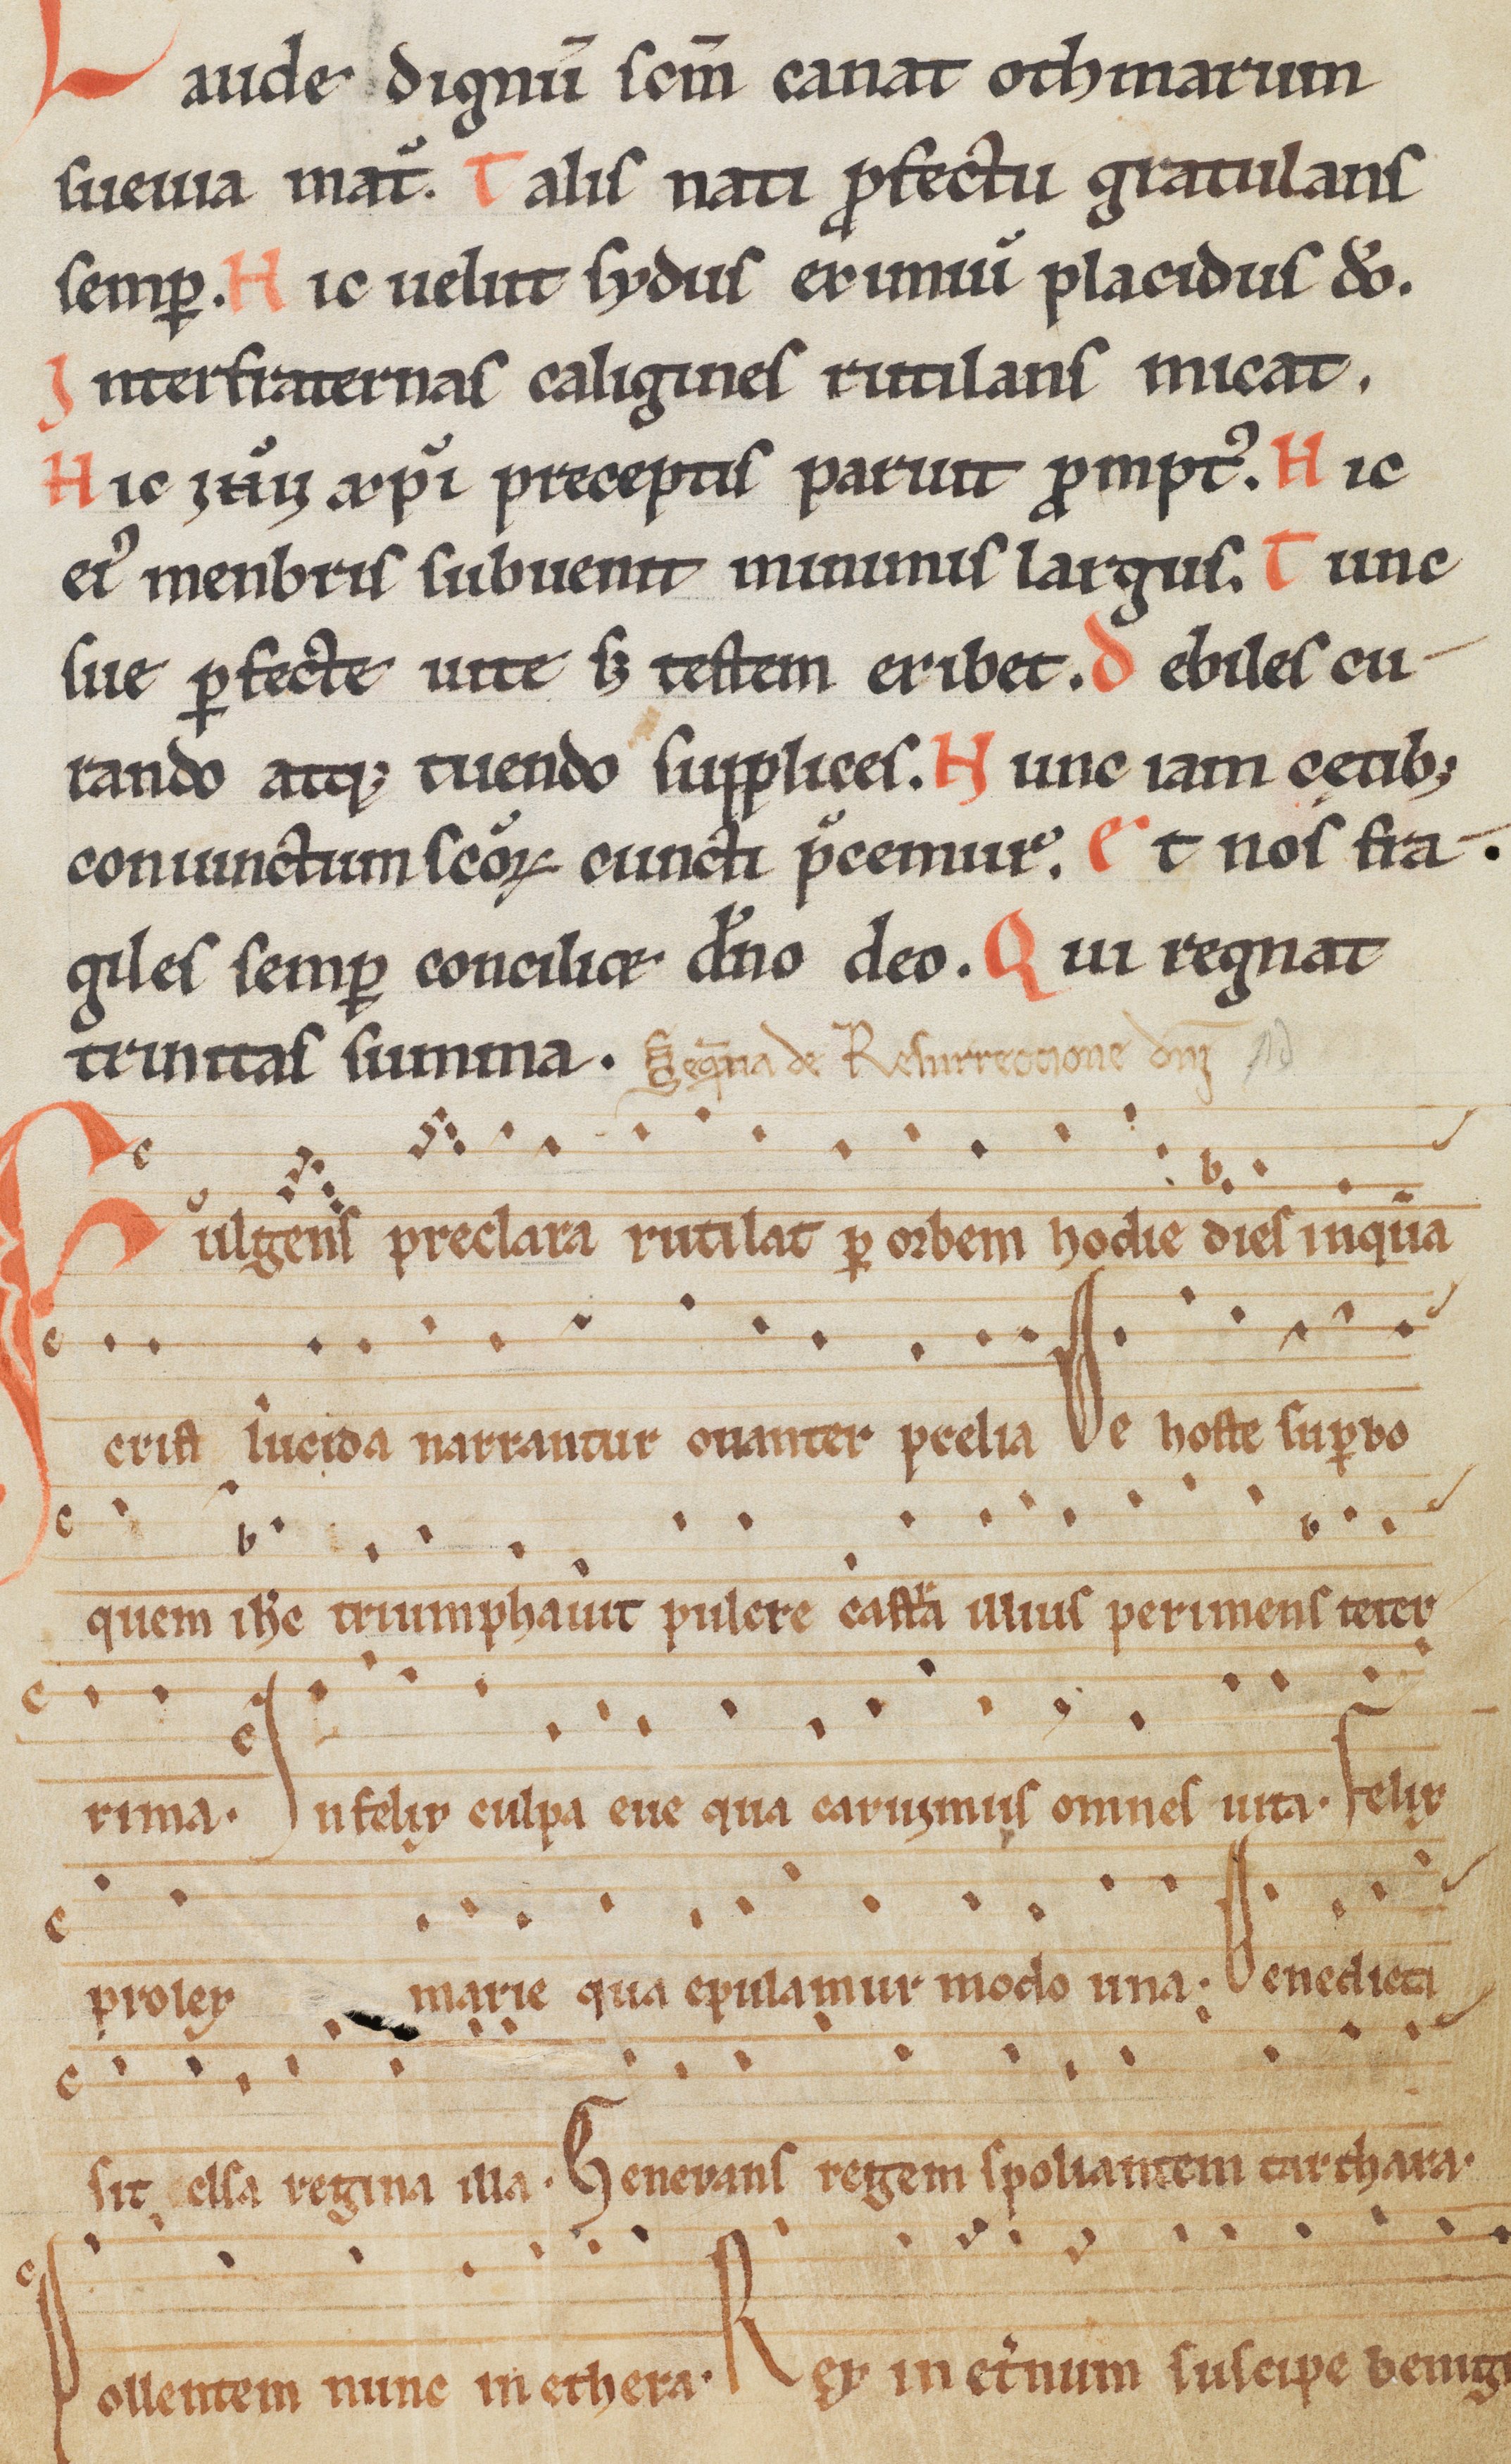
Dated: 1185–1215